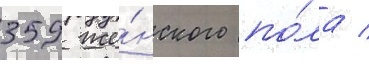
359 же́нского по́ла /